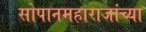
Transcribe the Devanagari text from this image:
सोपानमहाराजांच्या